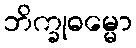
ဘိက္ခုဓမ္မော